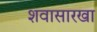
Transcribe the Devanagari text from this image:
शवासारखा